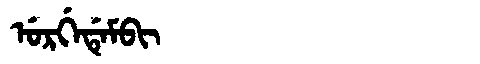
Manchu: ᡠᡵᡤᡝᡩᡝᠮᠪᡳ
Romanization: URGEDEMBI